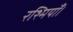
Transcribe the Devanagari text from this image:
रश्मियाँ।